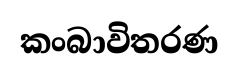
කංබාවිතරණ